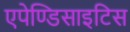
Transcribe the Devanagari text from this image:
एपेण्डिसाइटिस